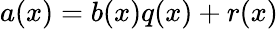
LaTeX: a(x)=b(x)q(x)+r(x)